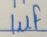
Text: 1µF